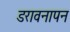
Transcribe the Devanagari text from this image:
डरावनापन